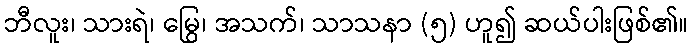
ဘီလူး၊ သားရဲ၊ မြွေ၊ အသက်၊ သာသနာ (၅) ဟူ၍ ဆယ်ပါးဖြစ်၏။